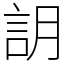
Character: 䚴